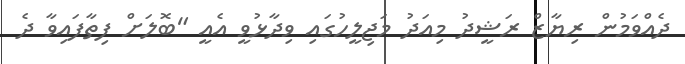
ދެއްވަމުން ރިޔާޒް ރަޝީދު މިއަދު މަޖިލީހުގައި ވިދާޅުވީ އެއީ "ބޮލަށް ފިތާފައިވާ ދެ